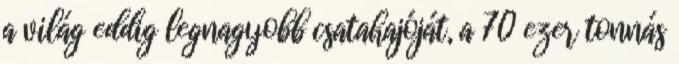
a világ eddig legnagyobb csatahajóját, a 70 ezer tonnás